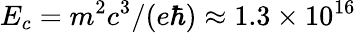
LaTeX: E_{c}=m^{2}c^{3}/(e\hbar)\approx 1.3\times 10^{16}